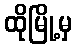
ထိုမြို့မှ